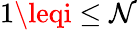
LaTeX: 1\leqi\leq\mathcal{N}